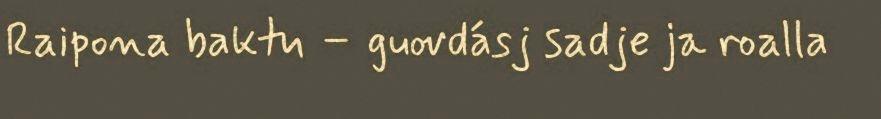
Raipona baktu – guovdásj sadje ja roalla